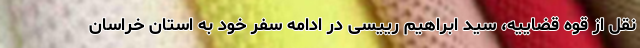
نقل از قوه قضاییه، سید ابراهیم رییسی در ادامه سفر خود به استان خراسان